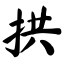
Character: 拱